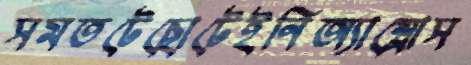
সমতটেছোটেইনিঅ্যাম্ব্রোস